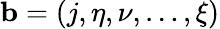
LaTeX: \mathbf{b}=(j,\eta,\nu,\ldots,\xi)